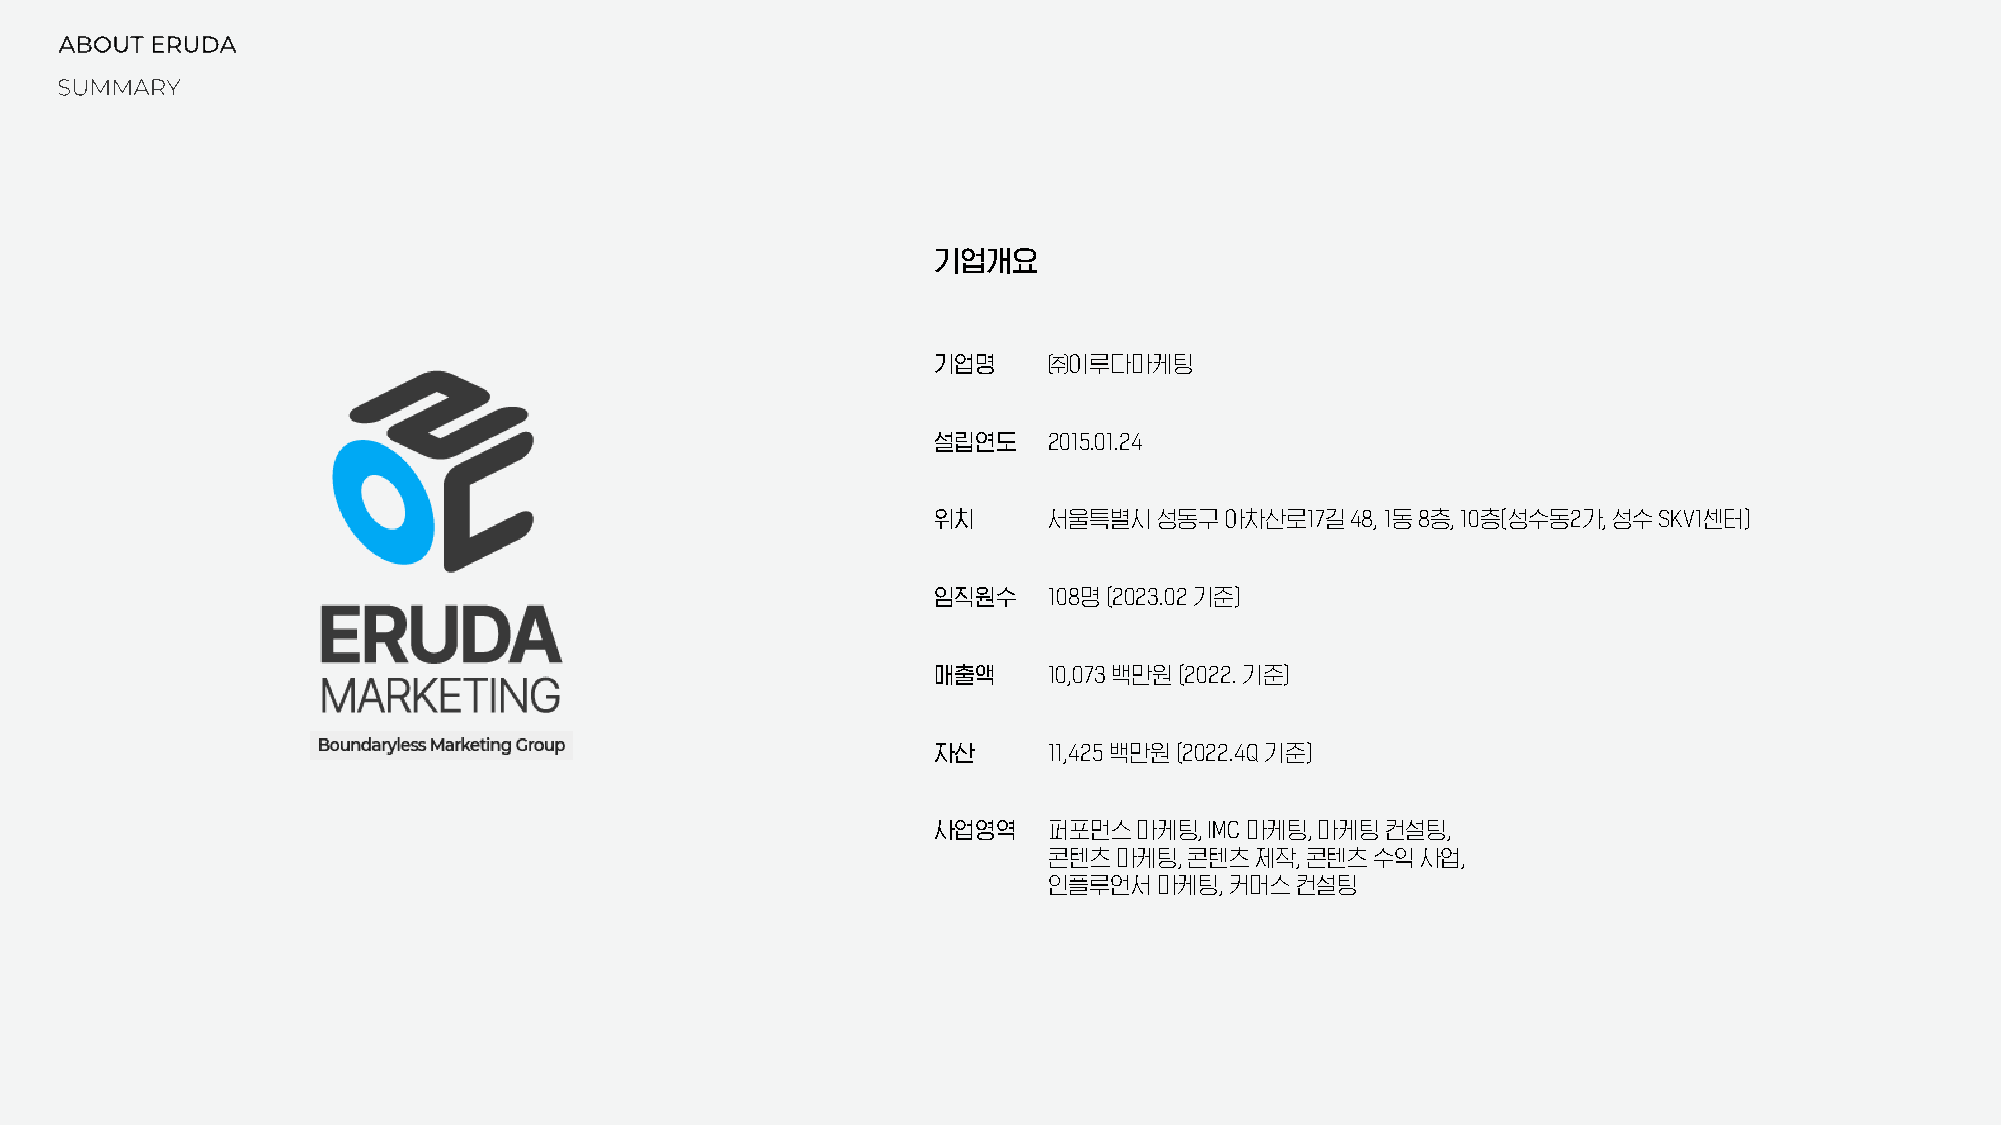
기업개요
 기업명    ㈜이루다마케팅
 설립연도   2015.01.24
 위치     서울특별시성동구아차산로17길48,     1동8층, 10층(성수동2가, 성수SKV1센터)
 임직원수   108명(2023.02기준)
 매출액    10,073 백만원(2022. 기준)
 자산     11,425 백만원(2022.4Q 기준)
 사업영역   퍼포먼스마케팅,   IMC 마케팅, 마케팅컨설팅,
 콘텐츠마케팅,   콘텐츠제작, 콘텐츠수익사업,
 인플루언서마케팅,   커머스컨설팅